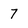
Character: 7